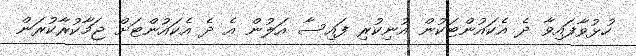
ހުޅުވާފައިވާ ދެ އެކައުންޓަކުން އުނިކުރި ފައިސާ އަލުން އެ ދެ އެކައުންޓަށް ޖަމާކުރާކުރަން